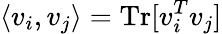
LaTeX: \langle v_{i},v_{j}\rangle=\mathrm{Tr}[v_{i}^{T}v_{j}]